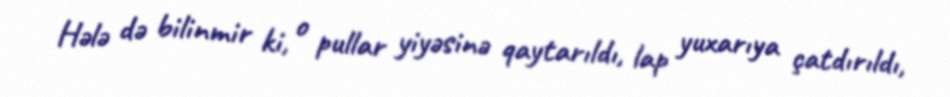
Hələ də bilinmir ki, o pullar yiyəsinə qaytarıldı, lap yuxarıya çatdırıldı,